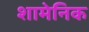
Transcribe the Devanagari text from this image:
शामेनिक